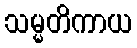
သမ္မတိကာယ